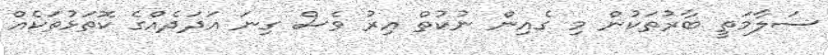
ސަލާމަތީ ބާރުތަކުން މި ގެއިން ނުކުތް އިރު ވެސް ގިނަ އަދަދެއްގެ ކޮތަޅުތަކެއް